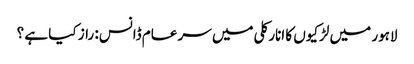
لاہور میں لڑکیوں کا انارکلی میں سر عام ڈانس: راز کیا ہے ؟